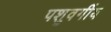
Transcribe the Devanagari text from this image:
पशुवर्गीय